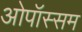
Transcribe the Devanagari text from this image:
ओपॉस्सम